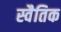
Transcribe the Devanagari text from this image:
स्वैतिक